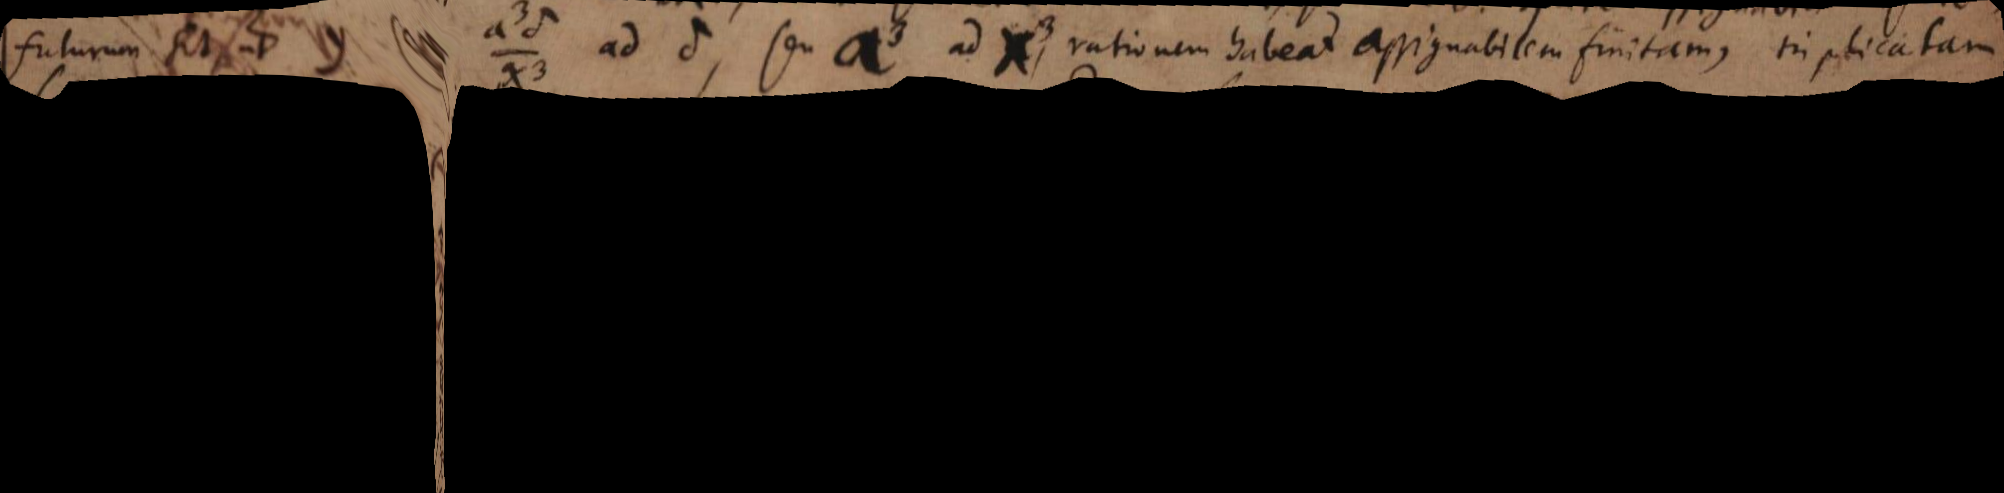
futurum sit, ut y seu _ ad δ, seu a ³ ad x ³, rationem habeat assignabilem finitam, triplicatam